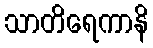
သာတိရေကာနိ